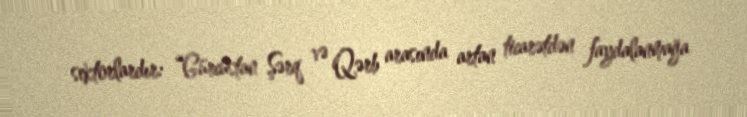
sektorlardır: “Gürcüstan Şərq və Qərb arasında artan ticarətdən faydalanmağa